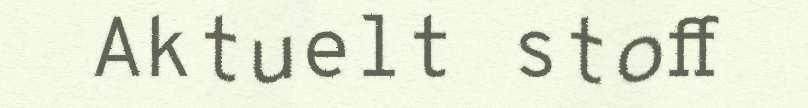
Aktuelt stoff